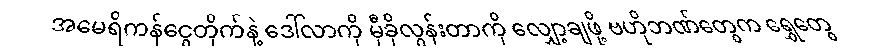
အမေရိကန်ငွေတိုက်နဲ့ ဒေါ်လာကို မှီခိုလွန်းတာကို လျှော့ချဖို့ ဗဟိုဘဏ်တွေက ရွှေတွေ